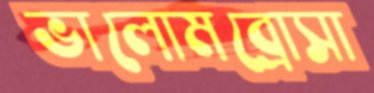
ভালোমব্রোসা